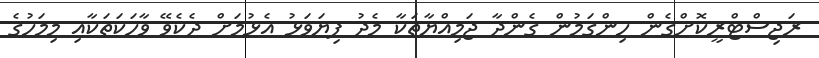
ރަޖިސްޓްރީކޮށްގެން ހިންގަމުން ގެންދާ ޖަމިއްޔާތަކާ މެދު ފިޔަވަޅު އެޅުމަށް ދެކެވޭ ވާހަކަތަކާއި މިމަހުގެ